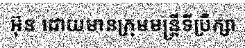
អ៊ុន ដោយមានក្រុមមន្ត្រីទីប្រឹក្សា